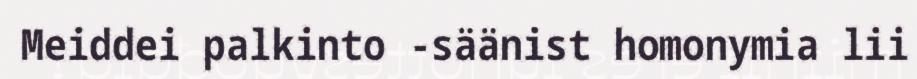
Meiddei palkinto -säänist homonymia lii